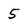
Character: 5